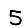
Digit: 5